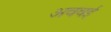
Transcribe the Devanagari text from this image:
अववई